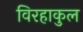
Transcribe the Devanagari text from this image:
विरहाकुल